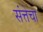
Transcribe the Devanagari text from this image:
संत्तेचा